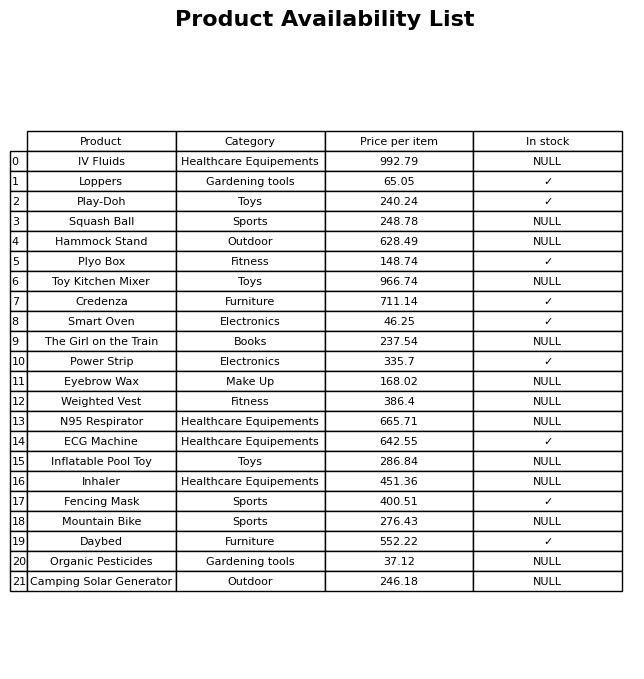
question: What is the price for Organic Pesticides?
answer: The price of Organic Pesticides is 37.12.